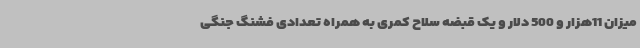
میزان 11هزار و 500 دلار و یک قبضه سلاح کمری به همراه تعدادی فشنگ جنگی